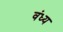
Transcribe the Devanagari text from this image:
वंध्य